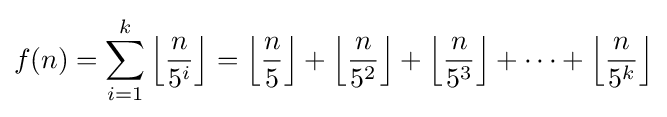
f(n)=\sum _{i=1}^{k}\left\lfloor {\frac {n}{5^{i}}}\right\rfloor =\left\lfloor {\frac {n}{5}}\right\rfloor +\left\lfloor {\frac {n}{5^{2}}}\right\rfloor +\left\lfloor {\frac {n}{5^{3}}}\right\rfloor +\cdots +\left\lfloor {\frac {n}{5^{k}}}\right\rfloor